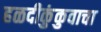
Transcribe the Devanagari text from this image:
हळदीकुंकुवाचा